65_HS1-834228961_62-HQ-83894_Section_6
Agency: FBI
Page 211
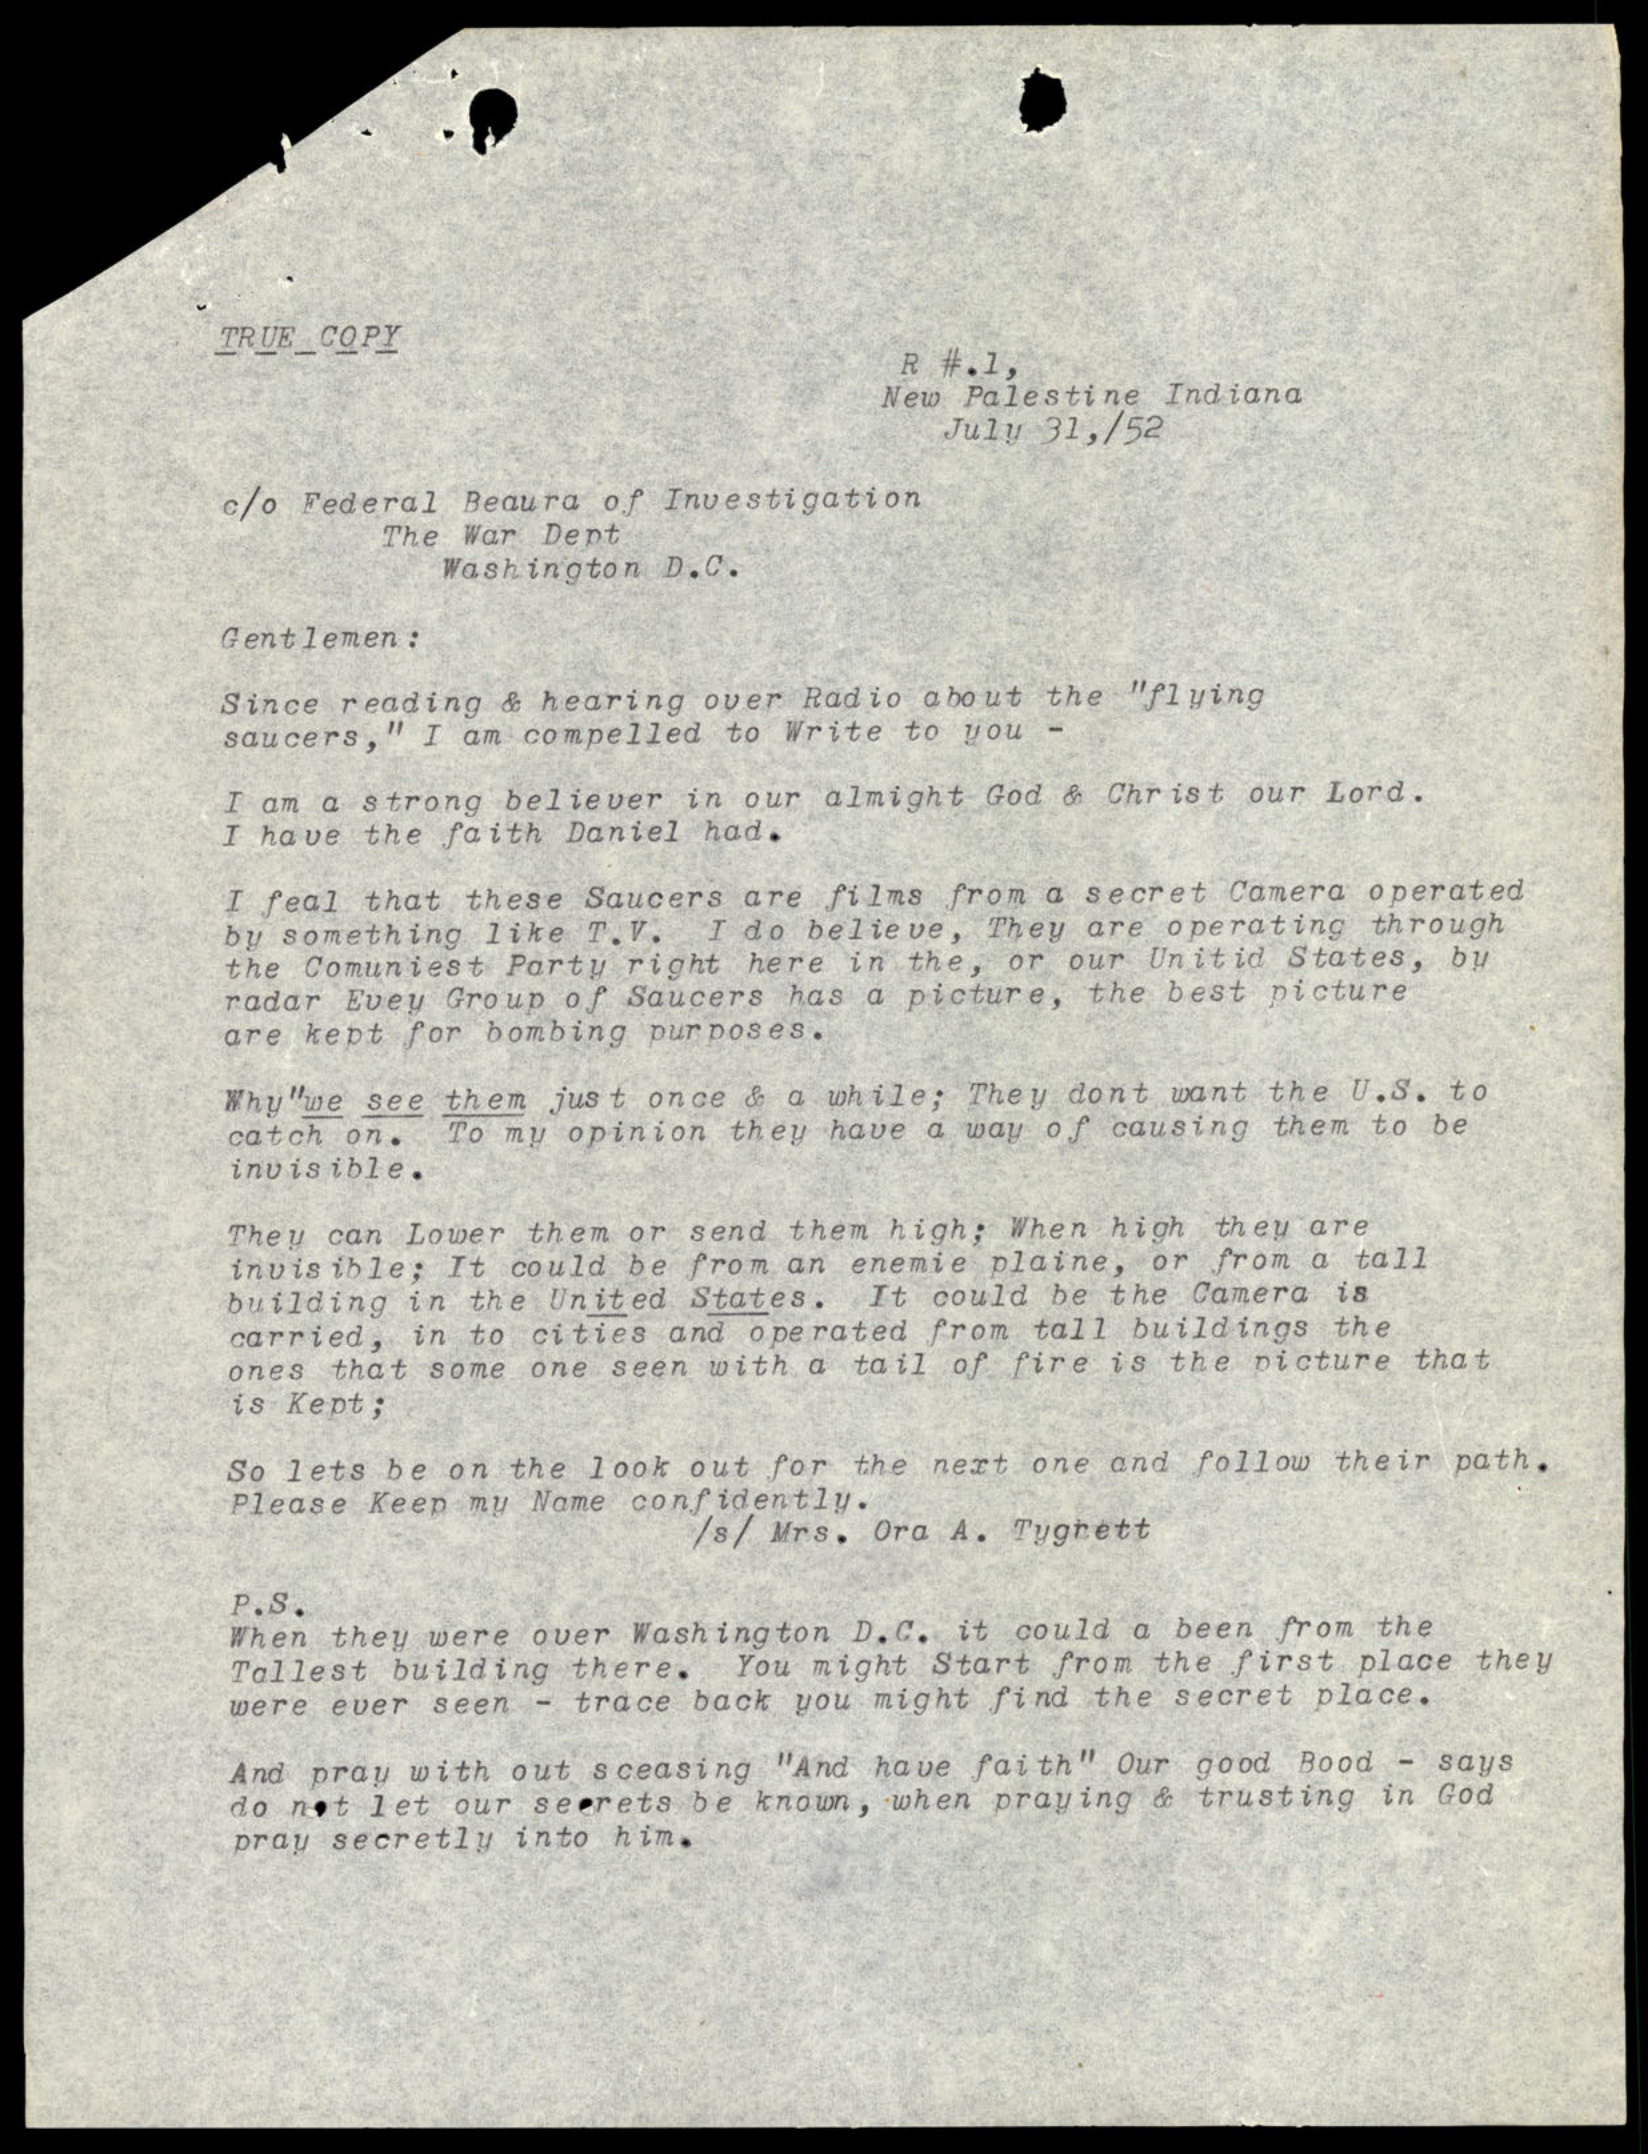